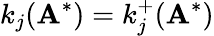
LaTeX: k_{j}(\mathbf{A}^{*})=k_{j}^{+}(\mathbf{A}^{*})